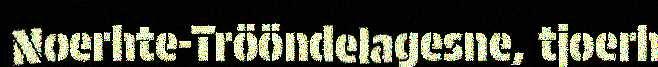
Noerhte-Trööndelagesne, tjoerh